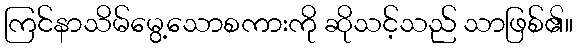
ကြင်နာသိမ်မွေ့သောစကားကို ဆိုသင့်သည် သာဖြစ်၏။